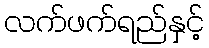
လက်ဖက်ရည်နှင့်